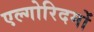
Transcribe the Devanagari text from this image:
एल्गोरिदमों